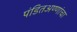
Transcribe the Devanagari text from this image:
पंडितअण्णांचा